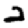
Digit: 2